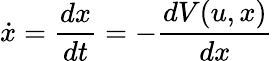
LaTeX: {\dot{x}}={\frac{dx}{dt}}=-{\frac{dV(u,x)}{dx}}